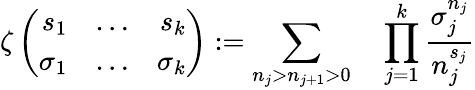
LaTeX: \zeta\left(\begin{array}{rcr}{{s_{1}}}&{{\ldots}}&{{s_{k}}}\\ {{\sigma_{1}}}&{{\ldots}}&{{\sigma_{k}}}\end{array}\right):=\sum_{n_{j}>n_{j+1}>0}\quad\prod_{j=1}^{k}\frac{\sigma_{j}^{n_{j}}}{n_{j}^{s_{j}}}